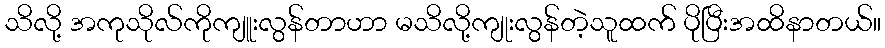
သိလို့ အကုသိုလ်ကိုကျူးလွန်တာဟာ မသိလို့ကျုးလွန်တဲ့သူထက် ပိုပြီးအထိနာတယ်။